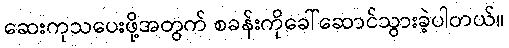
ဆေးကုသပေးဖို့အတွက် စခန်းကိုခေါ်ဆောင်သွားခဲ့ပါတယ်။